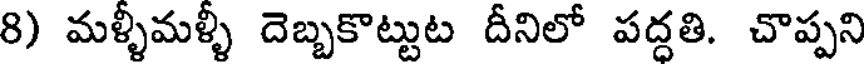
8) మళ్ళీమళ్ళీ దెబ్బకొట్టుట దీనిలో పద్దతి. చొప్పని